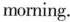
morning.